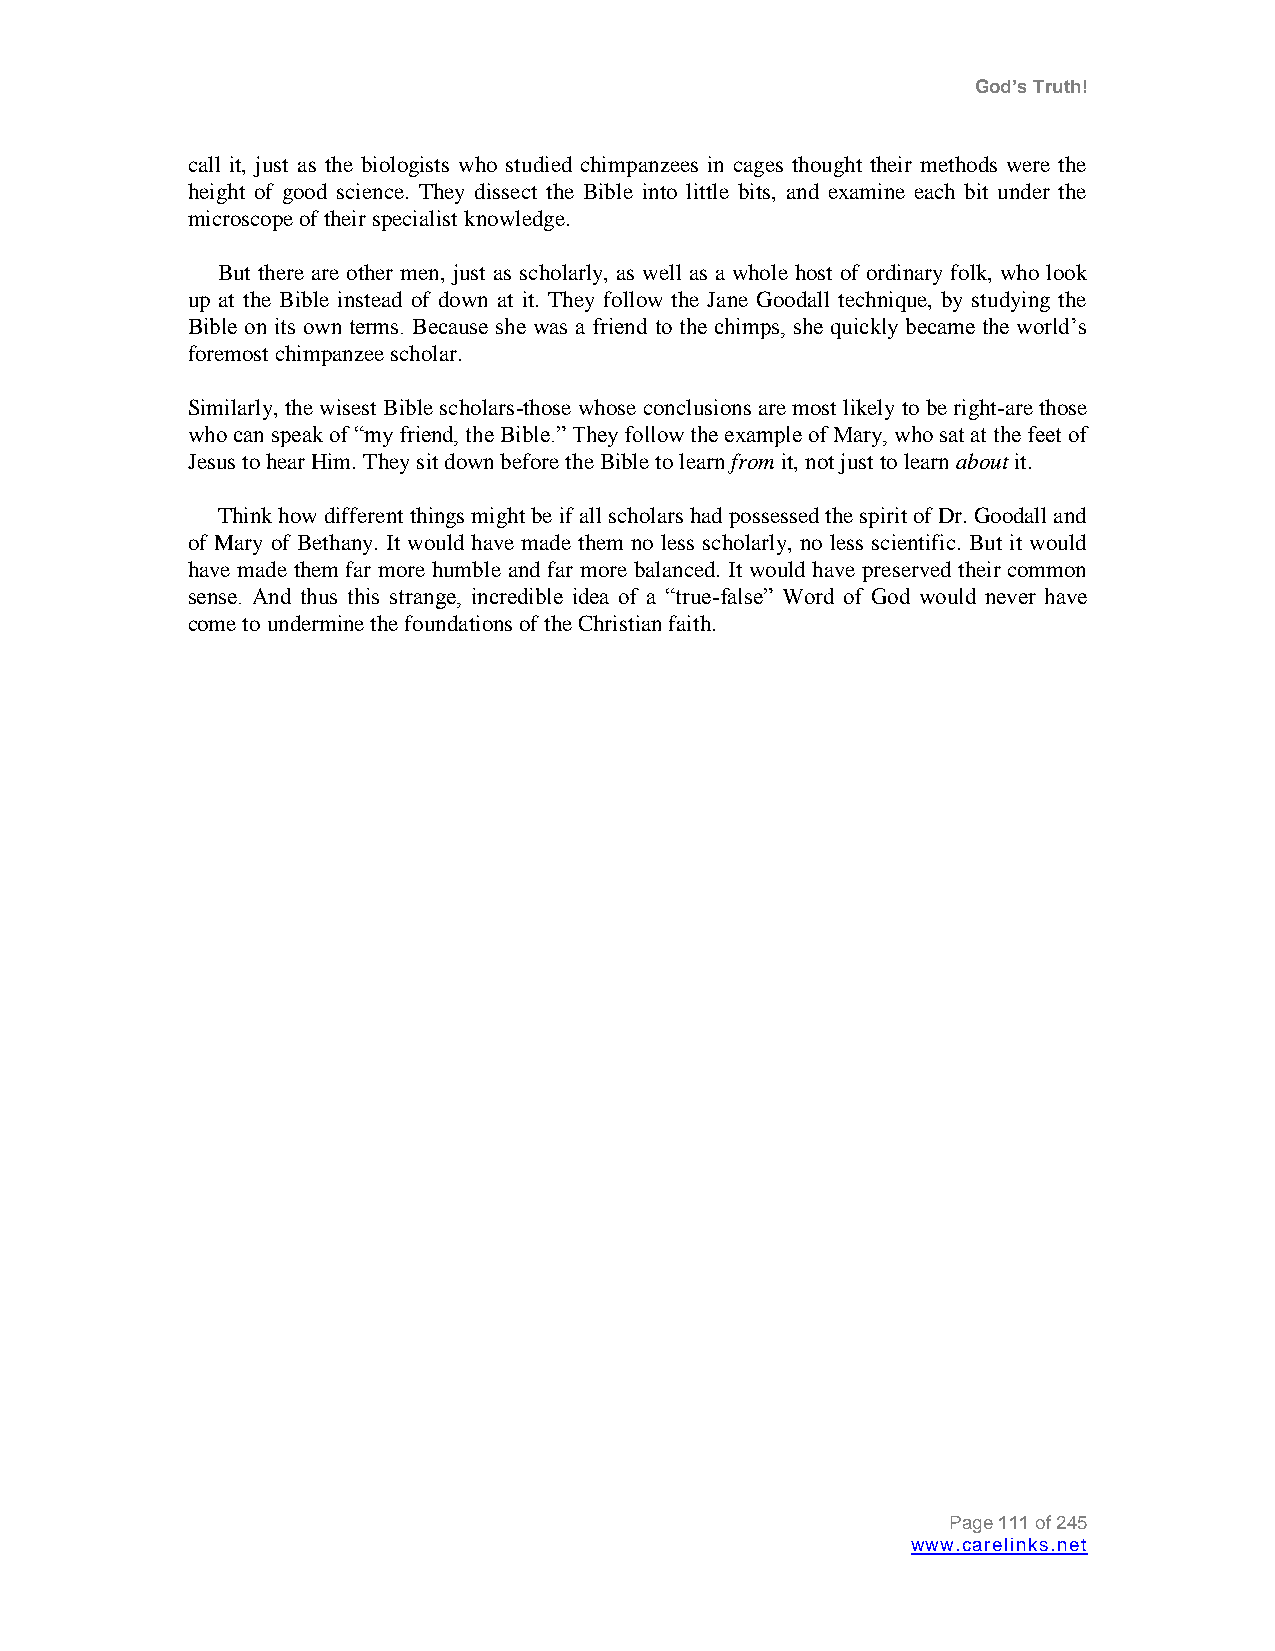
God’s Truth!
 call it, just as the biologists who studied chimpanzees in cages thought their methods were the
 height of good science. They dissect the Bible into little bits, and examine each bit under the
 microscope of their specialist knowledge.
 But there are other men, just as scholarly, as well as a whole host of ordinary folk, who look
 up at the Bible instead of down at it. They follow the Jane Goodall technique, by studying the
 Bible on its own terms. Because she was a friend to the chimps, she quickly became the world‟s
 foremost chimpanzee scholar.
 Similarly, the wisest Bible scholars-those whose conclusions are most likely to be right-are those
 who can speak of “my friend, the Bible.” They follow the example of Mary, who sat at the feet of
 Jesus to hear Him. They sit down before the Bible to learn from it, not just to learn about it.
 Think how different things might be if all scholars had possessed the spirit of Dr. Goodall and
 of Mary of Bethany. It would have made them no less scholarly, no less scientific. But it would
 have made them far more humble and far more balanced. It would have preserved their common
 sense. And thus this strange, incredible idea of a “true-false” Word of God would never have
 come to undermine the foundations of the Christian faith.
 Page 111 of 245
 www.carelinks.net